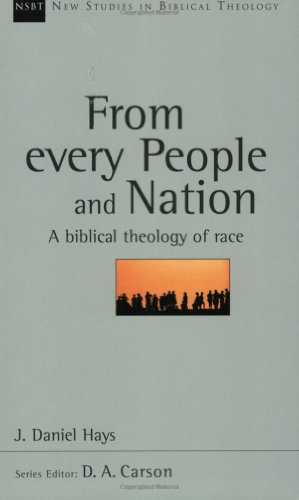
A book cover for From Every People and Nation: A Biblical Theology of Race (New Studies in Biblical Theology); J. Daniel Hays; Christian Books & Bibles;